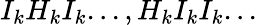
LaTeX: I_{k}H_{k}I_{k}...,H_{k}I_{k}I_{k}...